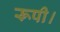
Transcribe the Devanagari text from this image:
रूपी।